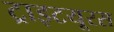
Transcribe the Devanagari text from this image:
ट्राइटयूरस